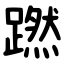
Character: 蹨